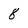
Character: 8